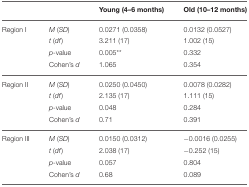
|  |  | Young (4–6 months) | Old (10–12 months) |
 | --- | --- | --- | --- |
 | Region I | M (SD) | 0.0271 (0.0358) | 0.0132 (0.0527) |
 |  | t (df) | 3.211 (17) | 1.002 (15) |
 |  | p-value | 0.005** | 0.332 |
 |  | Cohen's d | 1.065 | 0.354 |
 | Region II | M (SD) | 0.0250 (0.0450) | 0.0078 (0.0282) |
 |  | t (df) | 2.135 (17) | 1.111 (15) |
 |  | p-value | 0.048 | 0.284 |
 |  | Cohen's d | 0.71 | 0.391 |
 | Region III | M (SD) | 0.0150 (0.0312) | −0.0016 (0.0255) |
 |  | t (df) | 2.038 (17) | −0.252 (15) |
 |  | p-value | 0.057 | 0.804 |
 |  | Cohen's d | 0.68 | 0.089 |